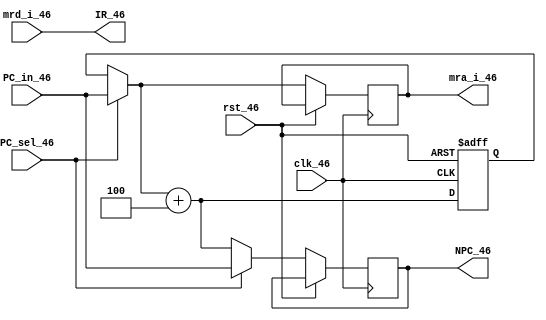
module fetch(clk_46,rst_46,mra_i_46,mrd_i_46,PC_in_46,NPC_46,IR_46,PC_sel_46);
input clk_46,rst_46;
input PC_sel_46; // used to select new pc line or not
input [31:0] mrd_i_46; // memory instruction read
input [31:0] PC_in_46; // PC data initiated
output reg [31:0] NPC_46; // After execution Next PC will be stored in this reg.
output reg [31:0]mra_i_46;
output [31:0] IR_46; // Instruction of 32 bit is stored in IR register
reg [31:0] PC; //PC will have current instruction memory location.
// Instructions from code memory will be stored in IR re
assign IR_46 = mrd_i_46;
// On reset pc will be have value 0 so the execution will start from first memory location.
always @(posedge clk_46 or posedge rst_46)
begin
	if(rst_46)
	begin
		PC = 0;
	end
	else
	begin
		PC = PC_sel_46 ? PC_in_46 : PC;
		mra_i_46 = rst_46 ? 32'bz :PC;
// Each of the instruction are at 4 bit difference to each other
		PC = PC + 4;
		NPC_46 = PC_sel_46 ? PC_in_46 : PC;
//$display("Instruction in the first stage: %b",IR_46);
	end
end
endmodule